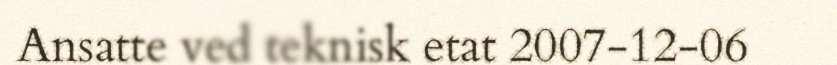
Ansatte ved teknisk etat 2007-12-06